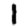
Digit: 1